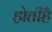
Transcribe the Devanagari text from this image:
होतीहै